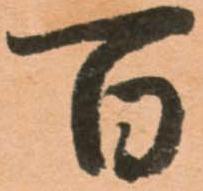
百